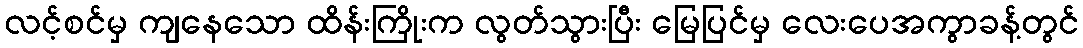
လင့်စင်မှ ကျနေသော ထိန်းကြိုးက လွတ်သွားပြီး မြေပြင်မှ လေးပေအကွာခန့်တွင်